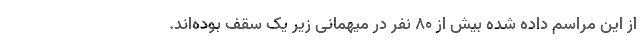
از این مراسم داده شده بیش از ۸۰ نفر در میهمانی زیر یک سقف بوده‌اند.